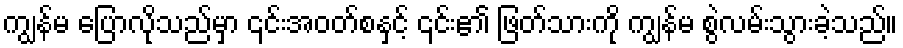
ကျွန်မ ပြောလိုသည်မှာ ၎င်းအဝတ်စနှင့် ၎င်း၏ ဖြတ်သားကို ကျွန်မ စွဲလမ်းသွားခဲ့သည်။